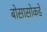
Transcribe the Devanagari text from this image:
बोसासोकडे